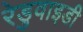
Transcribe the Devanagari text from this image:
रेडुवाइडी